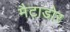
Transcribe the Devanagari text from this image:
मैटाडोर